Leaving Certificate Examination (including Day School Certificate (Higher) General paper), 1938
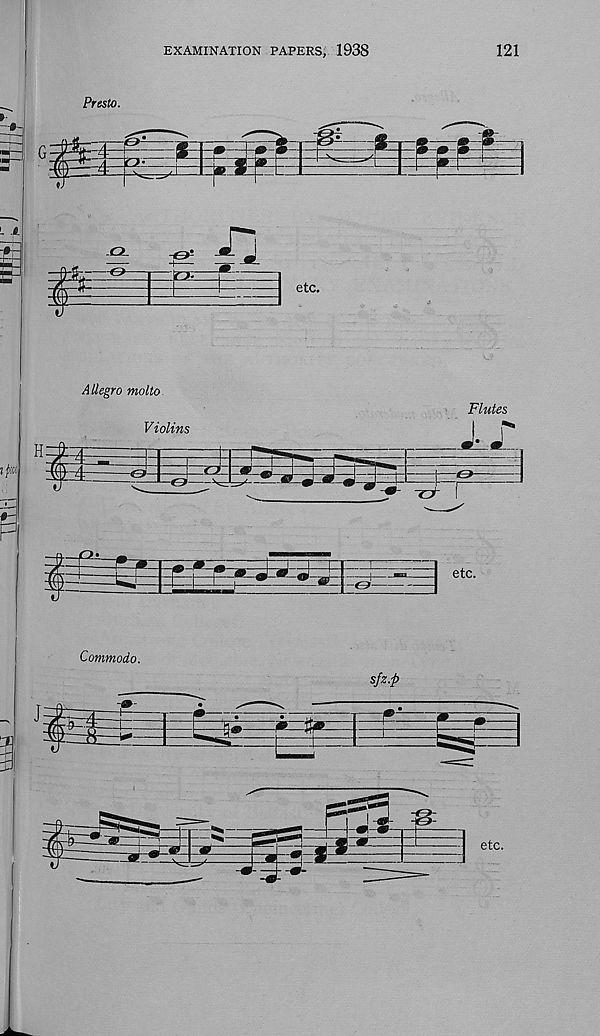
EXAMINATION PAPERS, 1938
121
Presto.
Allegro motto.
Flutes
H
etc.
Commodo.
sfz.p